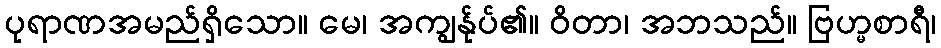
ပုရာဏအမည်ရှိသော။ မေ၊ အကျွန်ုပ်၏။ ဝိတာ၊ အဘသည်။ ဗြဟ္မစာရီ၊